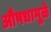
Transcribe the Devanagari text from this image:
औषधामूळे